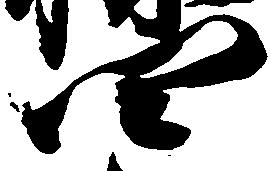
四